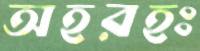
অহরহঃ